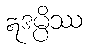
ဣဒမ္ပိဿ